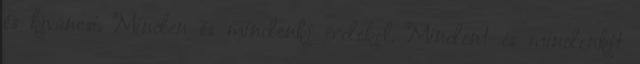
és kíváncsi. Minden és mindenki érdekel. Mindent és mindenkit